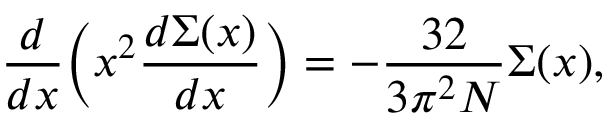
\frac { d } { d x } \Bigl ( x ^ { 2 } \frac { d \Sigma ( x ) } { d x } \Bigr ) = - \frac { 3 2 } { 3 \pi ^ { 2 } N } \Sigma ( x ) ,